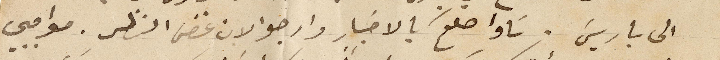
الى باريس. ساواصلكم بالاخبار وارجو الان غض النظر. مواجبي